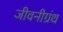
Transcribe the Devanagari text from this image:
जीवनीग्रंथ